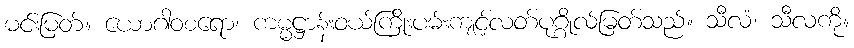
မင်းမြတ်။ ယောဂါဝစရော၊ ကမ္မဋ္ဌာန်းဝယ်ကြိုးပမ်းကျင့်လတ်ပုဂ္ဂိုလ်မြတ်သည်။ သီလံ၊ သီလကို။